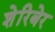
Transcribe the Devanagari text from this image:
शेरिबेर